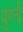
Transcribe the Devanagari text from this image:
पुर्ण्तः